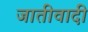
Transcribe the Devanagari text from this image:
जातीवादी